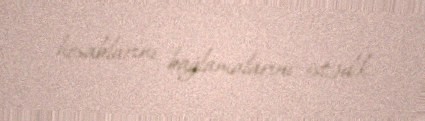
hesablarını bağlamalarını istədik.